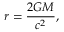
r = { \frac { 2 G M } { c ^ { 2 } } } ,